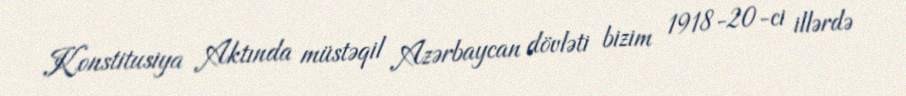
Konstitusiya Aktında müstəqil Azərbaycan dövləti bizim 1918-20-ci illərdə